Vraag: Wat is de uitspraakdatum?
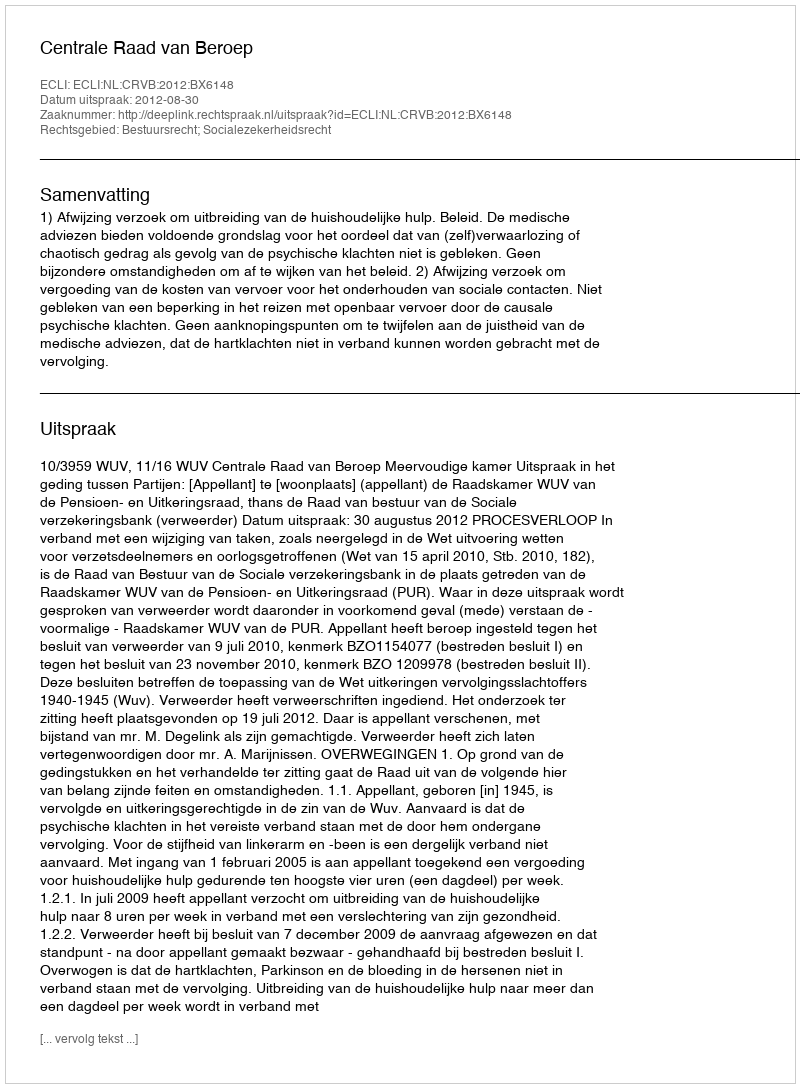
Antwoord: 2012-08-30